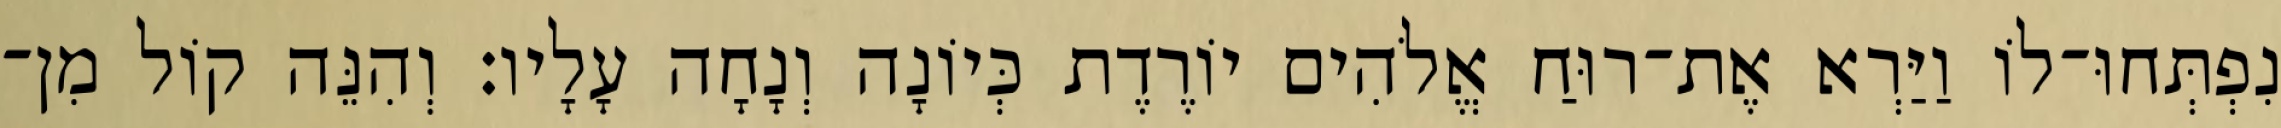
נִפְתְּחוּ־לוֹ וַיַּרְא אֶת־רוּחַ אֱלֹהִים יוֹרֶדֶת כְּיוֹנָה וְנָחָה עָלָיו׃ וְהִנֵּה קוֹל מִן־